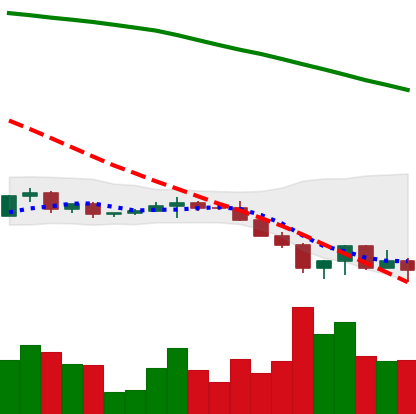
Ticker: XRP-USD
Chart end date: 2022-06-18
Forward return: 8.907%
Label: up_7plus